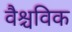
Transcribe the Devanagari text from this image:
वैश्चविक